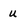
Character: u